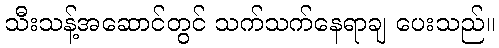
သီးသန့်အဆောင်တွင် သက်သက်နေရာချ ပေးသည်။